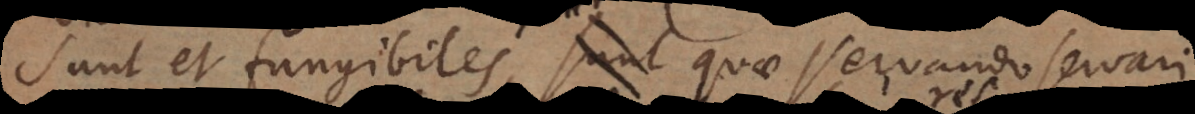
Sunt et fungibiles, sunt quae servando servar